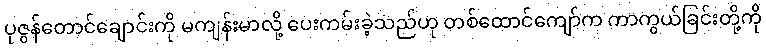
ပုဇွန်တောင်ချောင်းကို မကျန်းမာလို့ ပေးကမ်းခဲ့သည်ဟု တစ်ထောင်ကျော်က ကာကွယ်ခြင်းတို့ကို